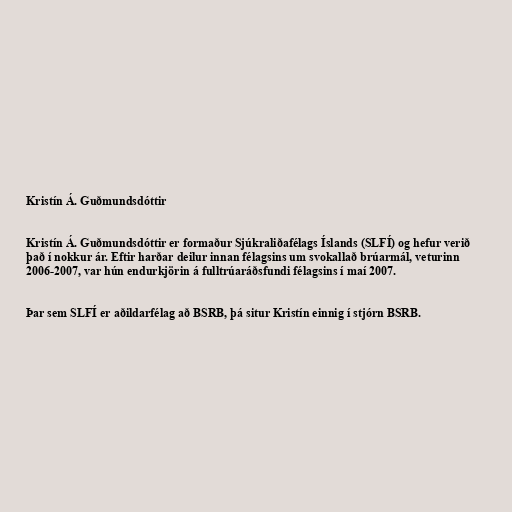
Kristín Á. Guðmundsdóttir

Kristín Á. Guðmundsdóttir er formaður Sjúkraliðafélags Íslands (SLFÍ) og hefur verið
það í nokkur ár. Eftir harðar deilur innan félagsins um svokallað brúarmál, veturinn
2006-2007, var hún endurkjörin á fulltrúaráðsfundi félagsins í maí 2007.

Þar sem SLFÍ er aðildarfélag að BSRB, þá situr Kristín einnig í stjórn BSRB.